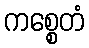
ကစ္စေတံ